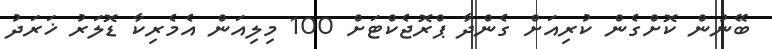
ބޭނުން ކޮށްގެން ކުރިއަށް ގެންދާ ޕްރޮޖެކްޓަށް 100 މިލިއަން އެމެރިކާ ޑޮލަރު ޚަރަދު